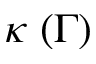
\kappa \; ( \Gamma )